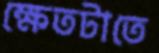
ক্ষেতটাতে